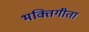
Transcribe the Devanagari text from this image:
भक्तिगीता